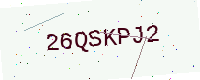
Text: 26QSKPJ2